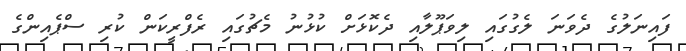
ފައިނަލުގެ ދެވަނަ ލެގުގައި ލިވަޕޫލާއި ދެކޮޅަށް ކުޅުނު މެޗުގައި ރެފްރީކަން ކުރި ސްޕެއިންގެ